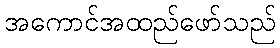
အကောင်အထည်ဖော်သည်